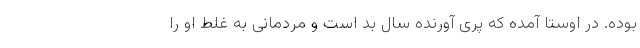
بوده. در اوستا آمده که پری آورنده سال بد است و مردمانی به غلط او را